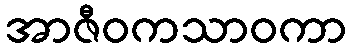
အာဇီဝကသာဝကာ